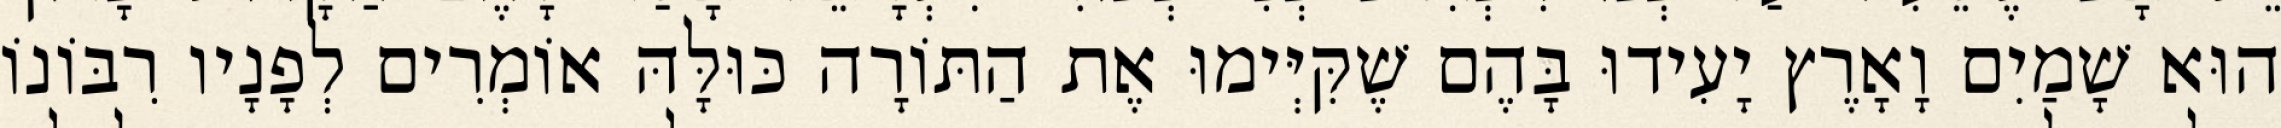
הוּא שָׁמַיִם וָאָרֶץ יָעִידוּ בָּהֶם שֶׁקִּיְּימוּ אֶת הַתּוֹרָה כּוּלָּהּ אוֹמְרִים לְפָנָיו רִבּוֹנוֹ